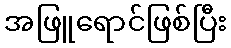
အဖြူရောင်ဖြစ်ပြီး